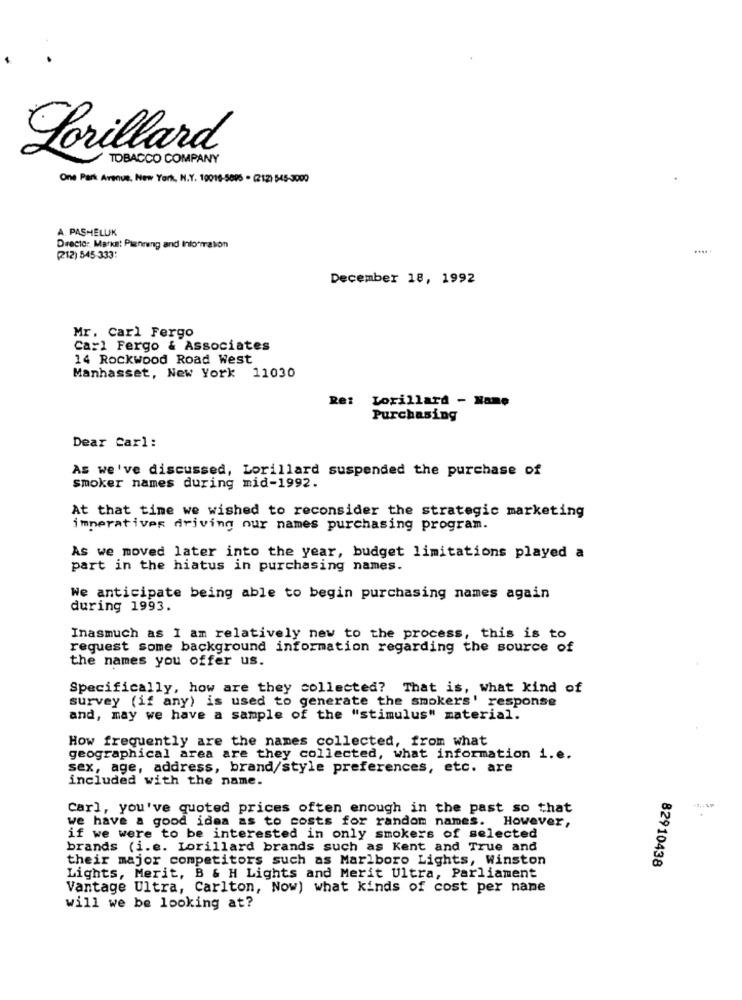
Lorillard
TOBACCO COMPANY
One Park Avenue, New York, N.Y. 10016-5895 . (212) 545-3000
A. PASHELUK
Director Marka: Planning and Information
(212) 545-333:
December 18, 1992
Mr. Carl Fergo
Ca:1 Fergo & Associates
14 Rockwood Road West
Manhasset, New York 11030
Re: Lorillard - Name
Purchasing
Dear Carl:
As we've discussed, Lorillard suspended the purchase of
smoker names during mid-1992.
At that time we wished to reconsider the strategic marketing
imperatives driving our names purchasing program.
As we moved later into the year, budget limitations played a
part in the hiatus in purchasing names.
We anticipate being able to begin purchasing names again
during 1993.
Inasmuch as I am relatively new to the process, this is to
request some background information regarding the source of
the names you offer us.
Specifically, how are they collected? That is, what kind of
survey (if any) is used to generate the smokers' response
and, may we have a sample of the "stimulus" material.
How frequently are the names collected, from what
geographical area are they collected, what information i.e.
sex, age, address, brand/style preferences, etc. are
included with the name.
Carl, you've quoted prices often enough in the past so that
we have a good idea as to costs for random names. However,
if we were to be interested in only smokers of selected
brands (i.e. Lorillard brands such as Kent and True and
their major competitors such as Marlboro Lights, Winston
82910438
Lights, Merit, B & H Lights and Merit Ultra, Parliament
Vantage Ultra, Carlton, Now) what kinds of cost per nane
will we be looking at?